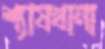
শ্যাষখানা